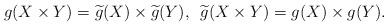
LaTeX: \begin{align*}g(X \times Y) = \widetilde{g}(X) \times \widetilde{g}(Y), \ \,\widetilde{g}(X \times Y) = g(X) \times g(Y).\end{align*}